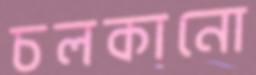
চলকানো